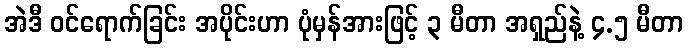
အဲဒီ ဝင်ရောက်ခြင်း အပိုင်းဟာ ပုံမှန်အားဖြင့် ၃ မီတာ အရှည်နဲ့ ၄.၅ မီတာ